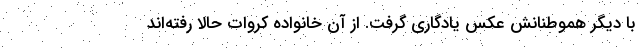
با دیگر هموطنانش عکس یادگاری گرفت. از آن خانواده کروات حالا رفته‌اند